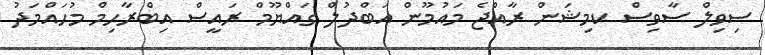
ސިވިލް ސާވިސް ކމިޝަން ރާއްޖެ މައުމޫން އަބްދުލް ގައްޔޫމް ރައީސް އިބްރާހިމް މުހައްމަދު